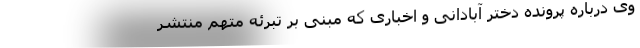
وی درباره پرونده دختر آبادانی و اخباری که مبنی بر تبرئه متهم منتشر